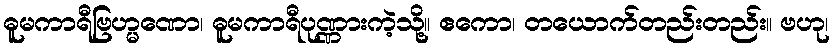
ဓူမကာရီဗြဟ္မဏော၊ ဓူမကာရီပုဏ္ဏားကဲ့သို့။ ဧကော၊ တယောက်တည်းတည်း။ ဗဟု၊